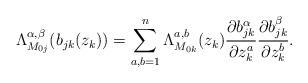
LaTeX: \begin{align*}\Lambda_{M_{0j}}^{\alpha,\beta}(b_{jk}(z_k))=\sum_{a,b=1}^n\Lambda_{M_{0k}}^{a,b}(z_k)\frac{\partial b_{jk}^{\alpha}}{\partial z_k^a}\frac{\partial b_{jk}^{\beta}}{\partial z_k^b}.\end{align*}